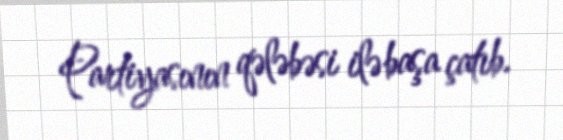
Partiyasının qələbəsi ilə başa çatıb.